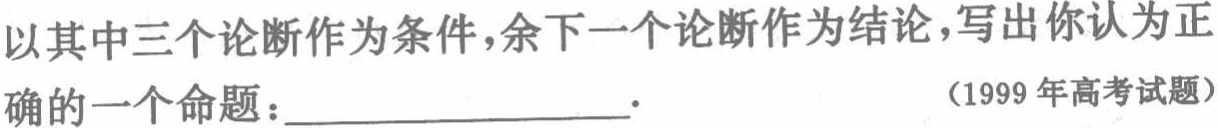
以其中三个论断作为条件，余下一个论断作为结论，写出你认为正确的一个命题：____________________. （1999 年高考试题）